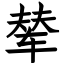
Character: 辇